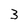
Character: 3